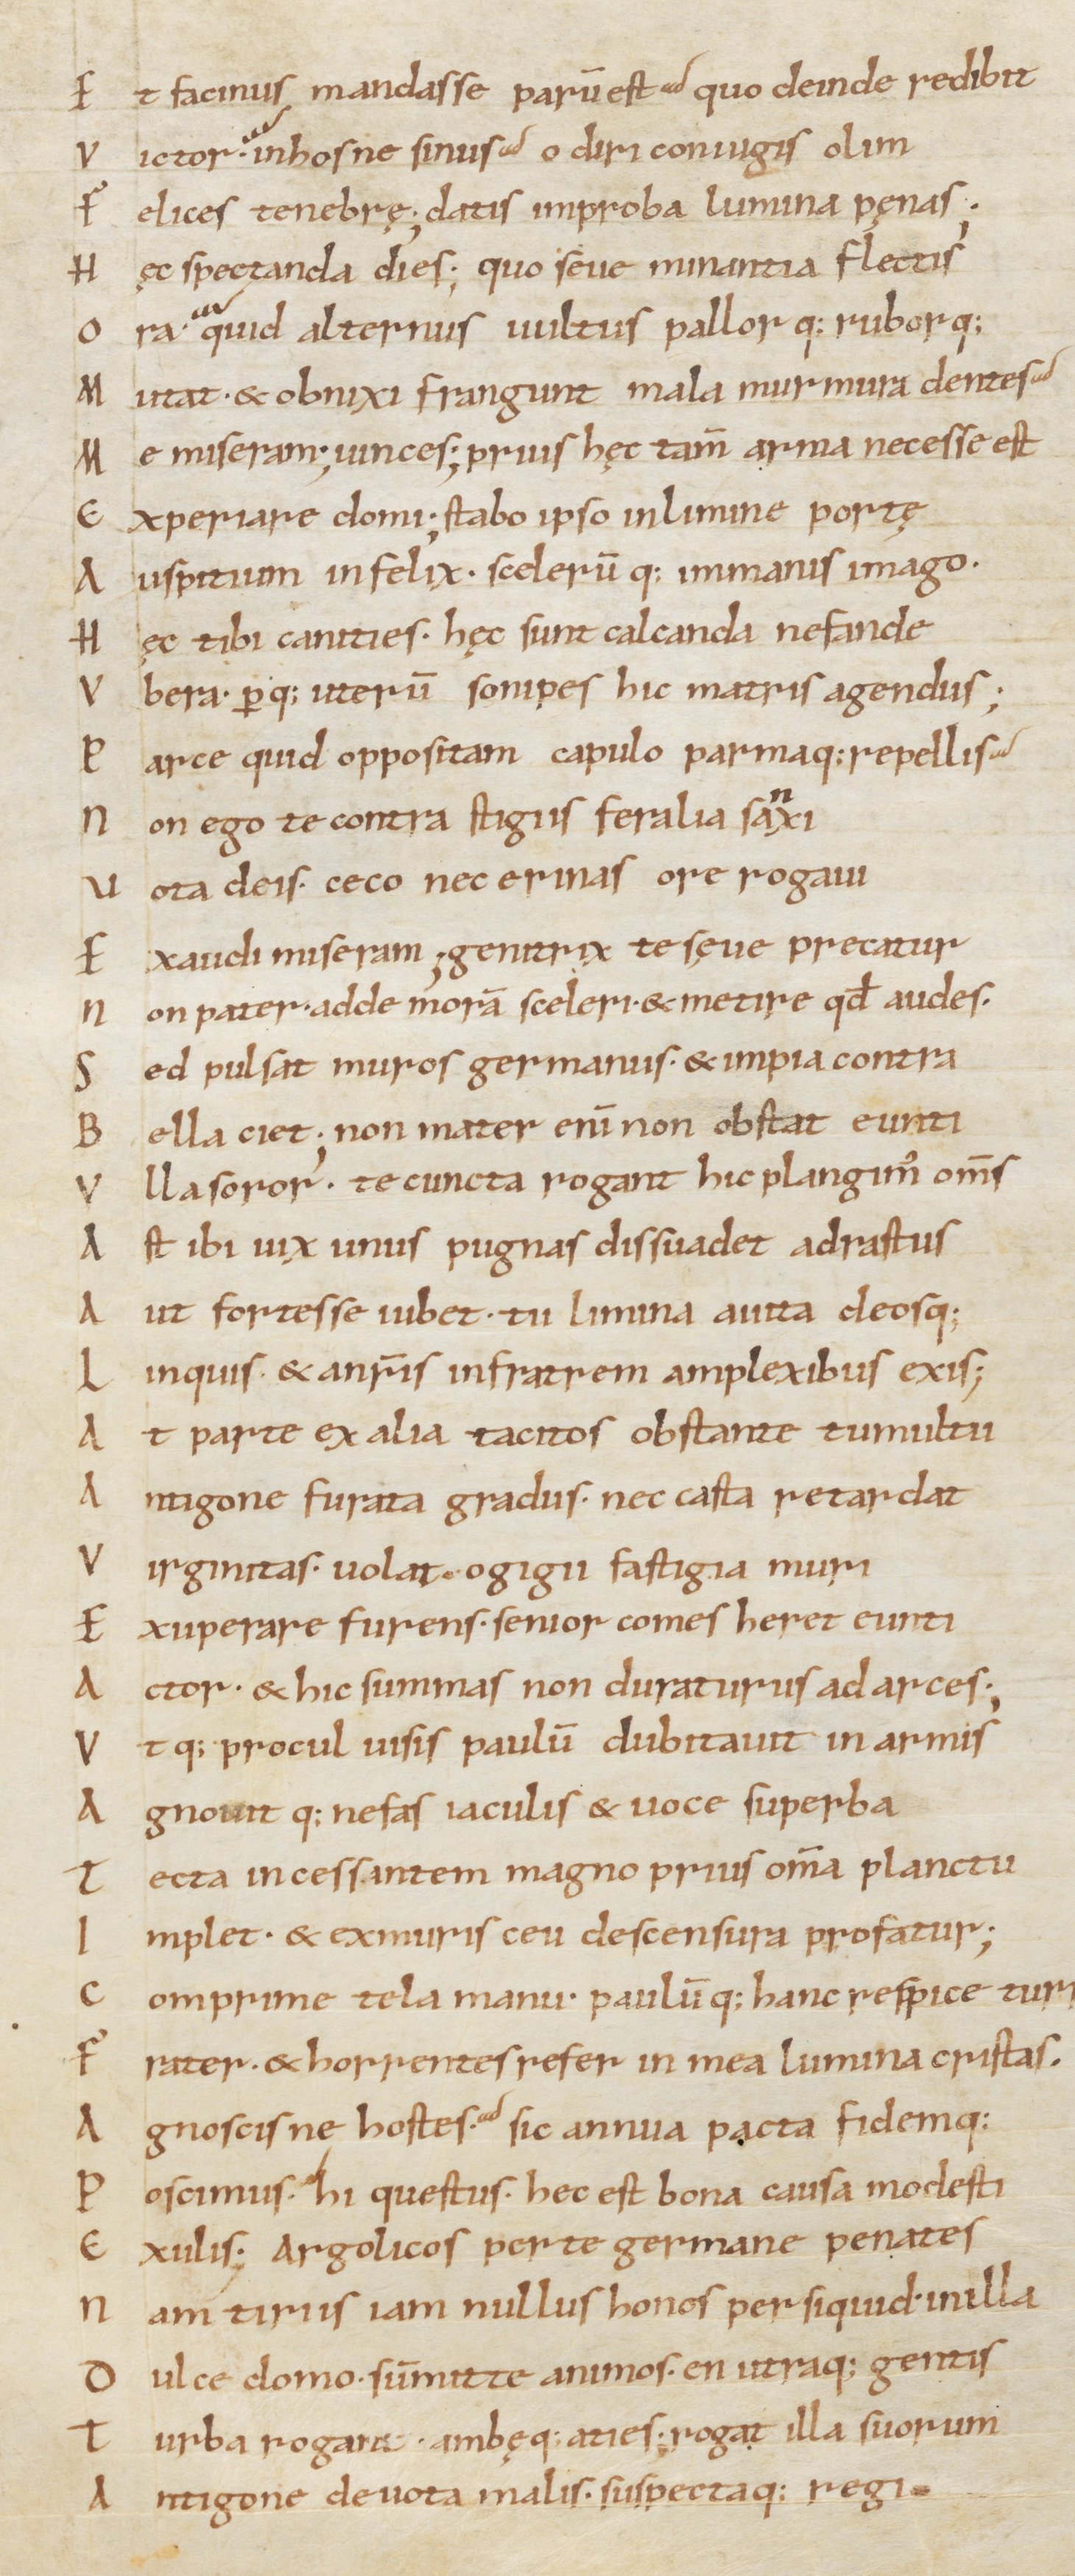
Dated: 1000–1099